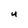
Character: U